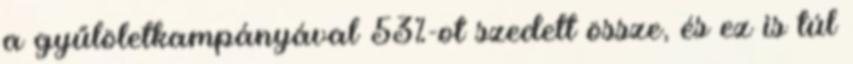
a gyűlöletkampányával 53%-ot szedett össze, és ez is túl